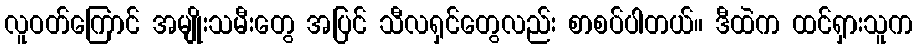
လူဝတ်ကြောင် အမျိုးသမီးတွေ အပြင် သီလရှင်တွေလည်း စာစပ်ပါတယ်။ ဒီထဲက ထင်ရှားသူက